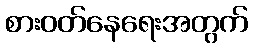
စားဝတ်နေရေးအတွက်